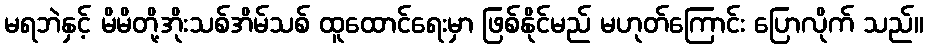
မရဘဲနှင့် မိမိတို့အိုးသစ်အိမ်သစ် ထူထောင်ရေးမှာ ဖြစ်နိုင်မည် မဟုတ်ကြောင်း ပြောလိုက် သည်။